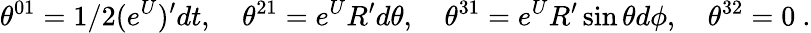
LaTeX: \theta^{01}=1/2(e^{U})^{\prime}dt,\quad\theta^{21}=e^{U}R^{\prime}d\theta,\quad\theta^{31}=e^{U}R^{\prime}\sin\theta d\phi,\quad\theta^{32}=0\ .